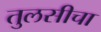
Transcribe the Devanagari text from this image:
तुलसीचा